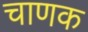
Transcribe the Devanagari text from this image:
चाणक